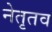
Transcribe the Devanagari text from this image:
नेतृतव